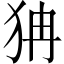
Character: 𤝫